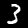
Digit: 3